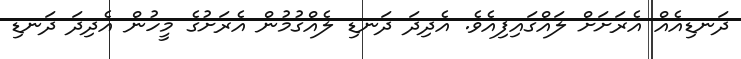
ދަނޑިއެއް އެރަށަށް ލައްގައިފިއެވެ. އެދިދަ ދަނޑި ލެއްގުމުން އެރަށުގެ މީހުން އެދިދަ ދަނޑި